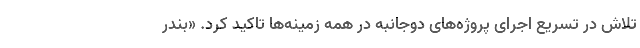
تلاش در تسریع اجرای پروژه‌های دوجانبه در همه زمینه‌ها تاکید کرد. «بندر